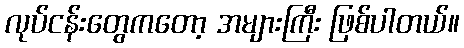
လုပ်ငန်းတွေကတော့ အများကြီး ဖြစ်ပါတယ်။